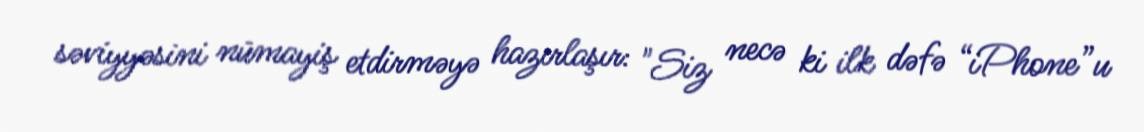
səviyyəsini nümayiş etdirməyə hazırlaşır: "Siz necə ki ilk dəfə “iPhone”u